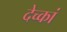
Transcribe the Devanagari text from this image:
देच्कां